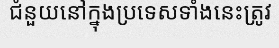
ជំនួយនៅក្នុងប្រទេសទាំងនេះត្រូវ